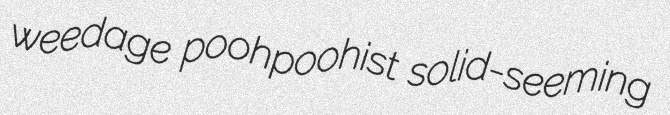
weedage poohpoohist solid-seeming